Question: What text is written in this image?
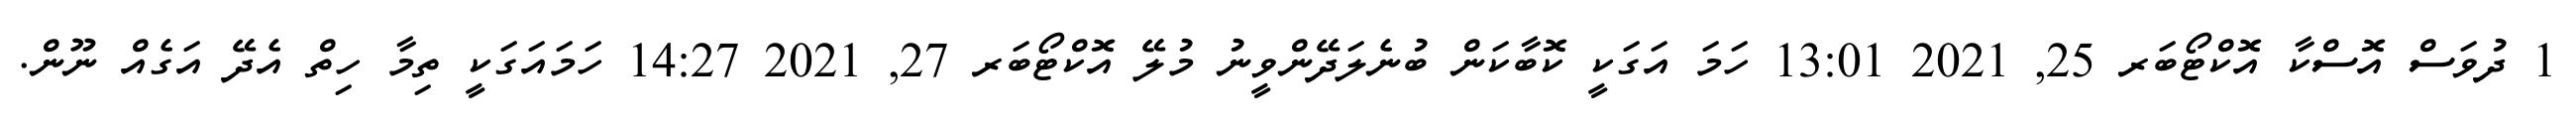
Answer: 1 ދުވަސް އޮސްކާ އޮކްޓޯބަރ 25, 2021 13:01 ހަމަ އަގަކީ ކޮބާކަން ބުނެލަދޭންވީނު މުލޭ އޮކްޓޯބަރ 27, 2021 14:27 ހަމައަގަކީ ތިމާ ހިތް އެދޭ އަގެއް ނޫން.